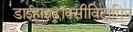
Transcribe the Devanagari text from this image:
डाईहाइड्रॉक्सीविटामिन